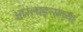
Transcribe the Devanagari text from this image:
आरलाइन्सच्या